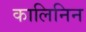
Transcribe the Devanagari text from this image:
कालिनिन